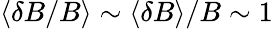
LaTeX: \langle\delta B/B\rangle\sim\langle\delta B\rangle/B\sim 1